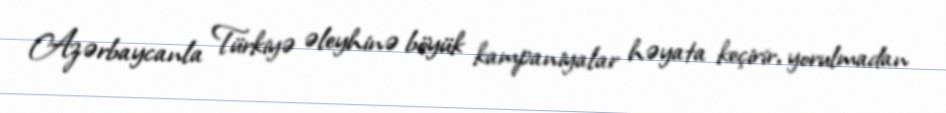
Azərbaycanla Türkiyə əleyhinə böyük kampaniyalar həyata keçirir, yorulmadan